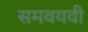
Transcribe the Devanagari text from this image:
समवयवी